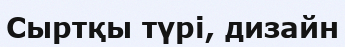
Сыртқы түрі, дизайн